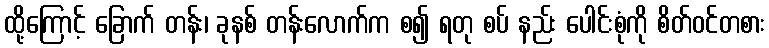
ထို့ကြောင့် ခြောက် တန်း၊ ခုနစ် တန်းလောက်က စ၍ ရတု စပ် နည်း ပေါင်းစုံကို စိတ်ဝင်တစား